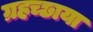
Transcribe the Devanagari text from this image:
ग्रहच्छाया